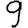
Digit: 9